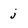
Character: j